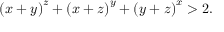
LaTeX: \left( x + y \right) ^ { z } + \left( x + z \right) ^ { y } + \left( y + z \right) ^ { x } > 2 .